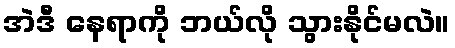
အဲဒီ နေရာကို ဘယ်လို သွားနိုင်မလဲ။